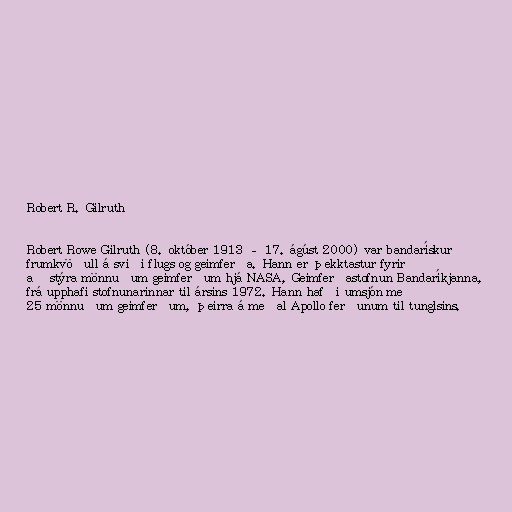
Robert R. Gilruth

Robert Rowe Gilruth (8. október 1913 – 17. ágúst 2000) var bandarískur
frumkvöðull á sviði flugs og geimferða. Hann er þekktastur fyrir
að stýra mönnuðum geimferðum hjá NASA, Geimferðastofnun Bandaríkjanna,
frá upphafi stofnunarinnar til ársins 1972. Hann hafði umsjón með
25 mönnuðum geimferðum, þeirra á meðal Apollo ferðunum til tunglsins.